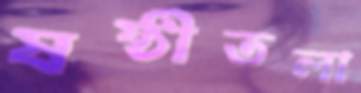
ষষ্ঠীতলা